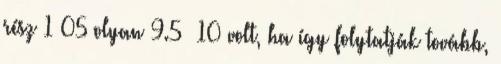
rész 1×05 olyan 9.5 10 volt, ha így folytatják tovább,